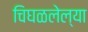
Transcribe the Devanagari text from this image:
चिघळलेल्या